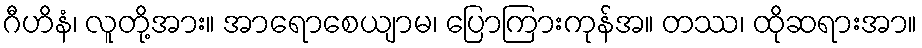
ဂီဟိနံ၊ လူတို့အား။ အာရောစေယျာမ၊ ပြောကြားကုန်အ။ တဿ၊ ထိုဆရားအာ။